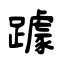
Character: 躆